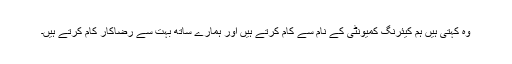
وہ کہتی ہیں ہم کیئرنگ کمیونٹی کے نام سے کام کرتے ہیں اور ہمارے ساتھ بہت سے رضاکار کام کرتے ہیں۔